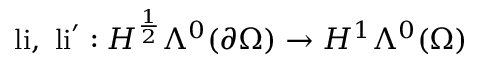
\mathrm { l i } , \ \mathrm { l i } ^ { \prime } : H ^ { \frac { 1 } { 2 } } \Lambda ^ { 0 } ( \partial \Omega ) \to H ^ { 1 } \Lambda ^ { 0 } ( \Omega )